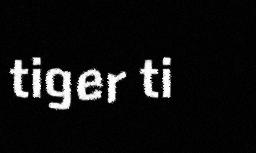
tiger ti